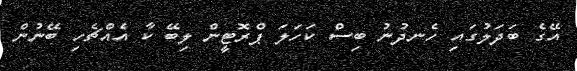
އޭގެ ބަދަލުގައި ހެނދުނު ބިސް ކަހަލަ ޕްރޮޓީން ލިބޭ ކާ އެއްޗެހި ބޭނުން